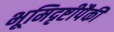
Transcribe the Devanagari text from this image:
भूमिदृष्टीपैकी